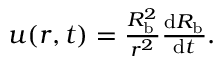
\begin{array} { r } { u ( r , t ) = \frac { R _ { \mathrm { b } } ^ { 2 } } { r ^ { 2 } } \frac { \mathrm d R _ { \mathrm { b } } } { \mathrm d t } . } \end{array}